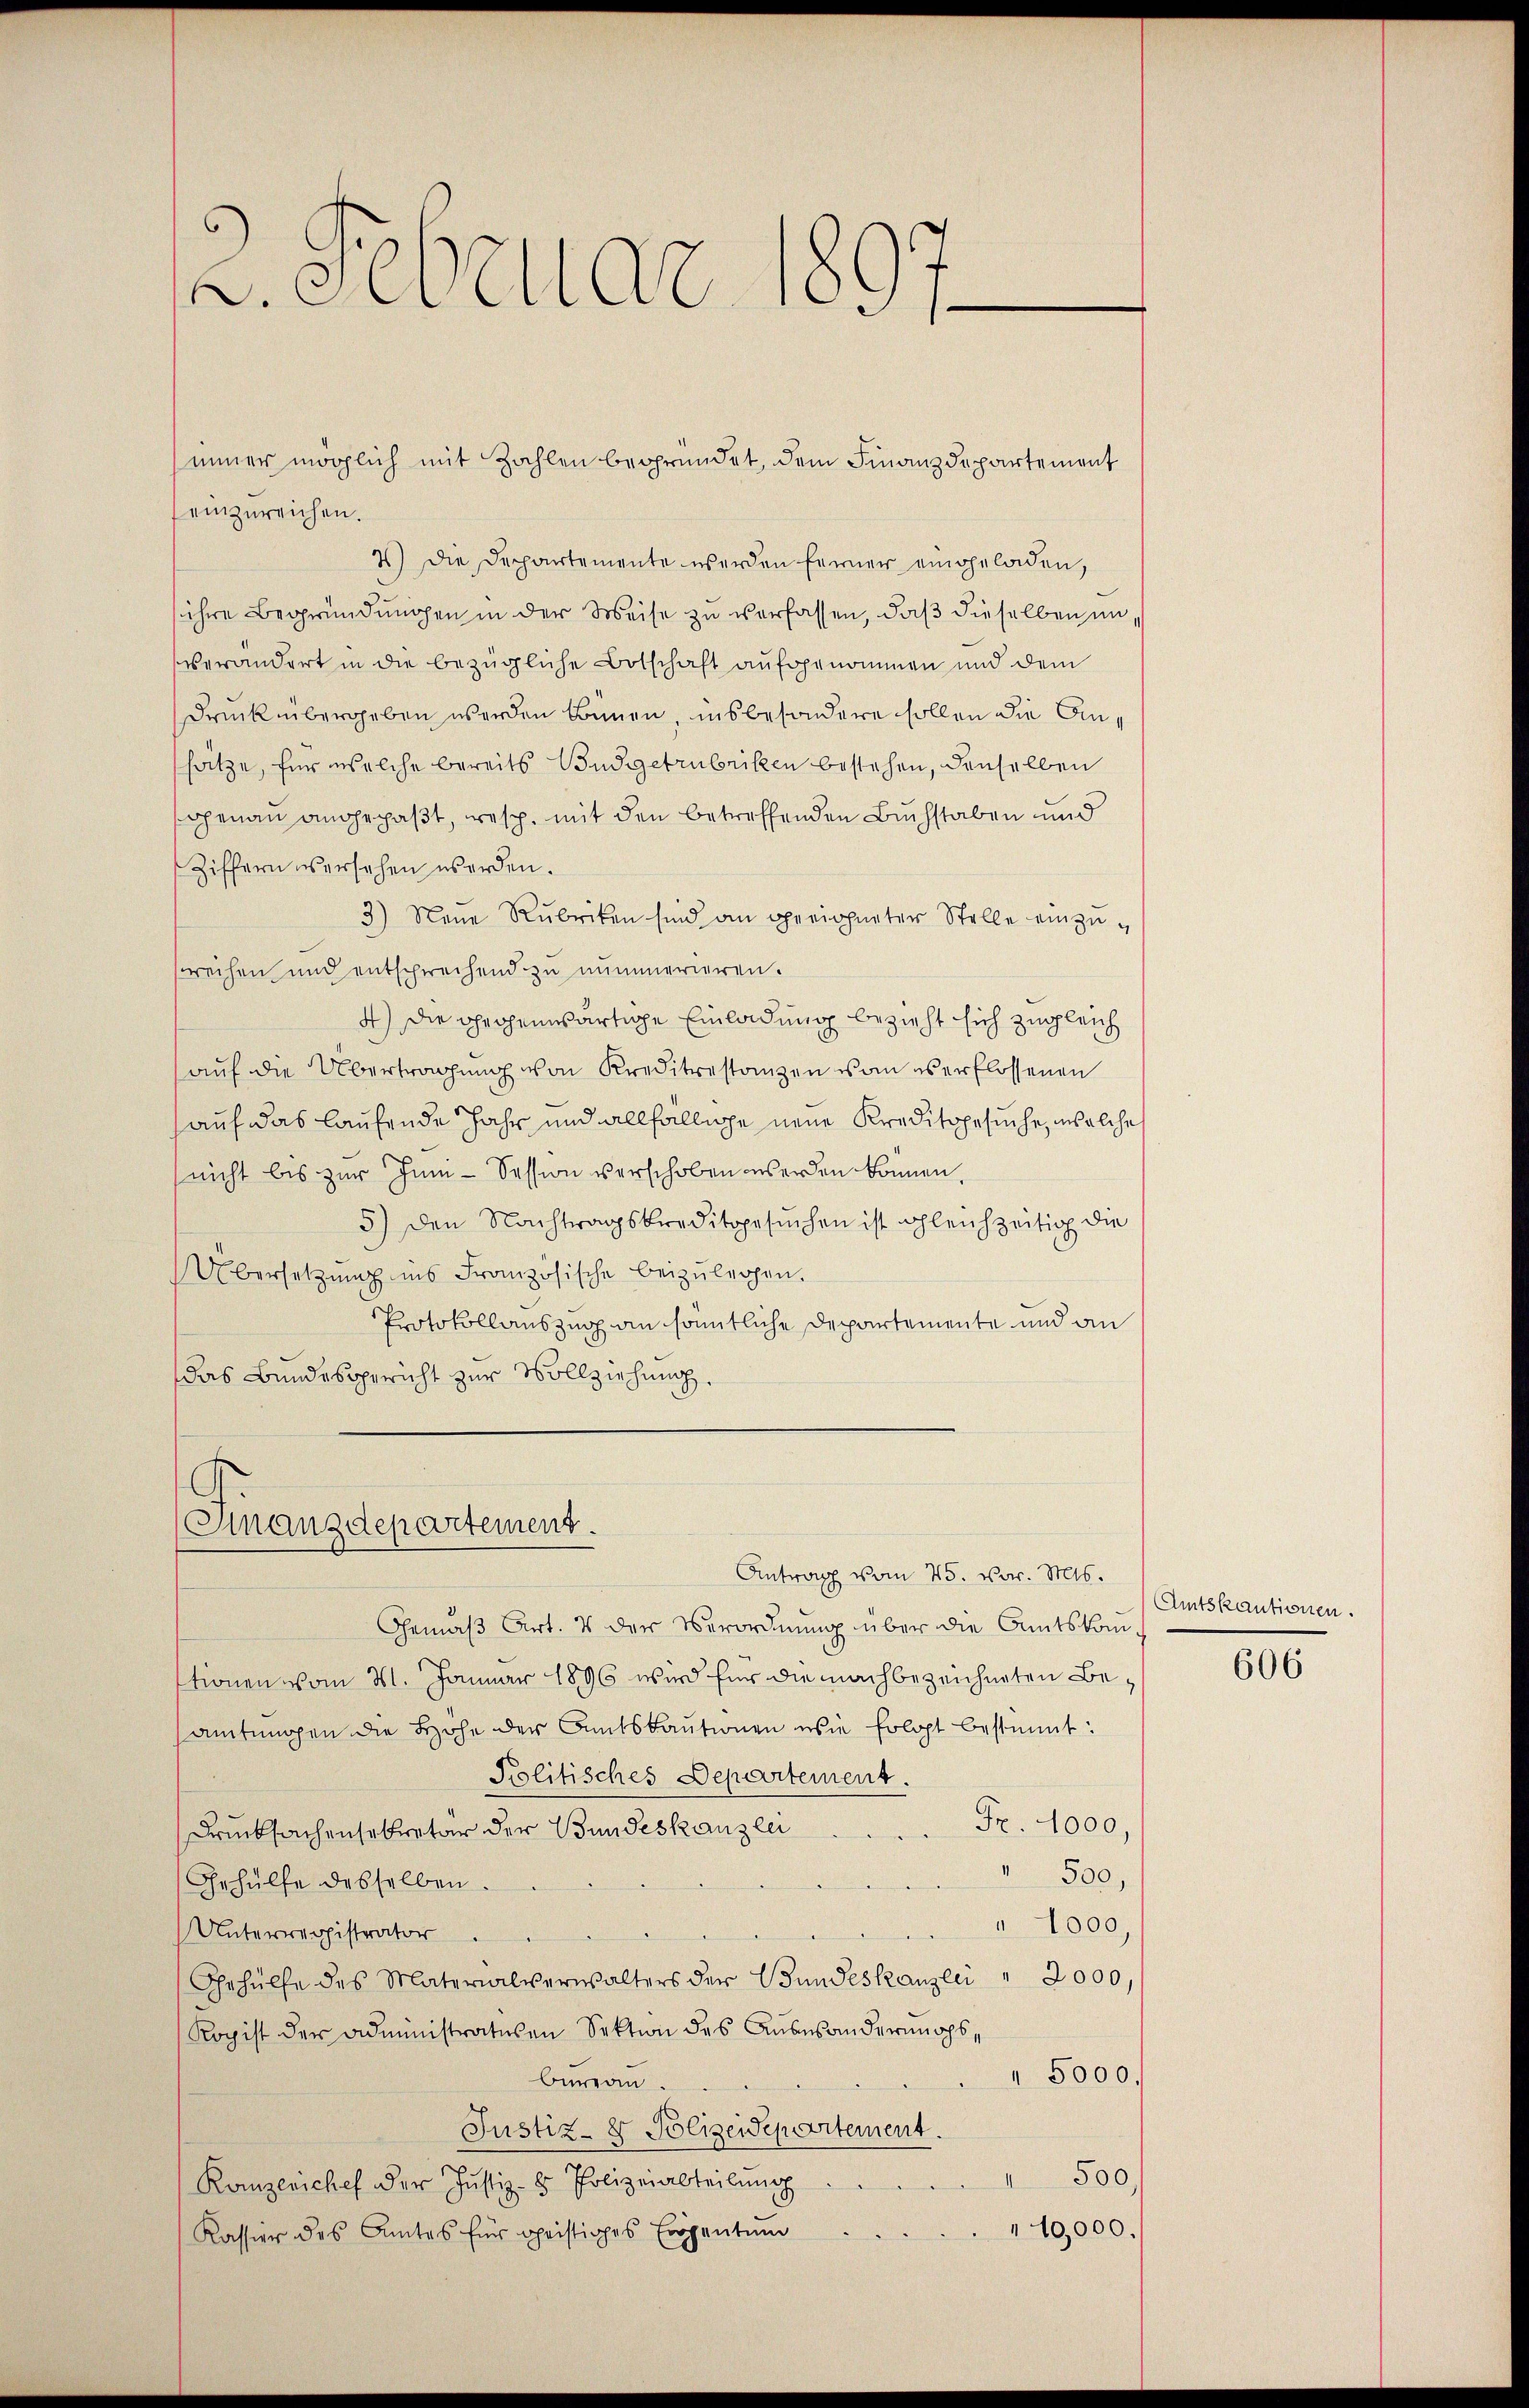
d. Nebellar

einzureichen.
2) Die Departemente werden ferner eingeladen,
ihre Begründungen in der Weise zu verfassen, daß dieselben im
verändert in die bezügliche Botschaft aufgenommen und dem
Druck übergeben werden Bünen, insbesondere sollen die Ansätze, für welche bereits Budgetrubriken bestehen, denselben
ghenau angepaßt, resp. mit den betreffenden Buchstaben und
Ziffern versehen worden.
3) Neue Rubriken sind an geeigneter Stelle einzuweihen und entsprechend zu nummerieren.
4) Die pfrohenwärtige Einladung bezieht sich zugleich
auf die Übertragung von Kreditrestanzen von verflossenen
auf das laufende Jahr und allfällige neue Kreditsgesuche, welches
nicht bis zur Zum - Session verschoben werden können
5) den Nachtragskreditogesŭchen ist gleichzeitig die
Übersetzung ins Französische beizulegen.
Protokollauszug an sämmtliche Departemente und an
das Bundesgericht zur Vollziehung.

Finanzdepartement.

immer möglich mit Zahlen begründet, dem Finanzdepartement

Antrag vom 25. vor. Mts.
Gemäß Art. 4 der Verordnung über die Amtskomtionen vom 11. Januar 1896 wird für die nachbezeichneten Beamtungen die Höhe der Amtskautionen wie folgt bestimmt:
Politisches Departement.
Fr. 4000,
Drucksachensekretär der Bundeskanzlei
 500,
Gehülfe desselben.
" 1000,
Unterregistrator
Gehülfe des Materialverwalters der Bundeskanzlei " 2000,
Kopist der Administraturen Sektion des Auswanderungs¬
 5000.
bureau
Justiz- & Polizeidepartement.
500.
Konzerichef der Justiz- & Polizeiabteilŭng
10,000.
Kassier des Amtes für geistiges Eigentum

Amtskautionen.

606